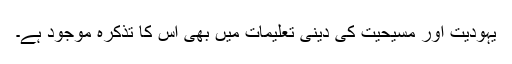
یہودیت اور مسیحیت کی دینی تعلیمات میں بھی اس کا تذکرہ موجود ہے۔